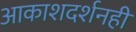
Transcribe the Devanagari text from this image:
आकाशदर्शनही